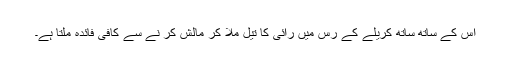
اس کے ساتھ ساتھ کریلے کے رس میں رائی کا تیل ملا کر مالش کر نے سے کافی فائدہ ملتا ہے۔